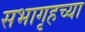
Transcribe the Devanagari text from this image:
सभागृहच्या